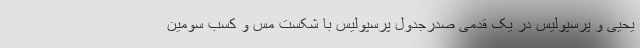
یحیی و پرسپولیس در یک قدمی صدرجدول پرسپولیس با شکست مس و کسب سومین